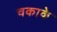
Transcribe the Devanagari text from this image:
चकाके